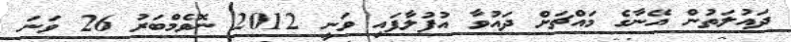
ދައުލަތުން އޭނާގެ މައްޗަށް ދައުވާ އުފުލާފައި ވަނީ 2012 ނޮވެމްބަރު 26 ވަނަ